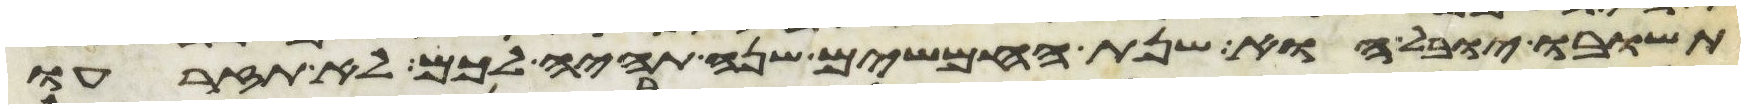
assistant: תשובו יובל הוא שנת החמשים שנה תהיה לכם לא תזרעו